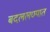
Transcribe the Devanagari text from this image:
बदललण्यात